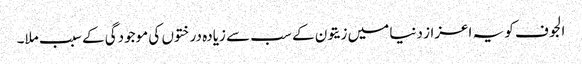
الجوف کو یہ اعزاز دنیا میں زیتون کے سب سے زیادہ درختوں کی موجودگی کے سبب ملا۔